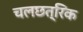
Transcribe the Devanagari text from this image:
चलछत्रिक